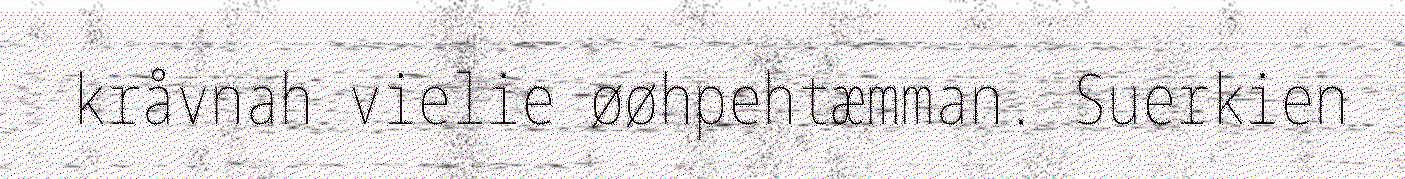
kråvnah vielie øøhpehtæmman. Suerkien